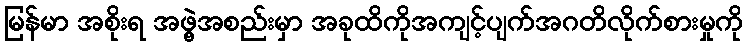
မြန်မာ အစိုးရ အဖွဲ့အစည်းမှာ အခုထိကိုအကျင့်ပျက်အဂတိလိုက်စားမှုကို